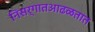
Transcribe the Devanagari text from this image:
निसर्गातआढळतात